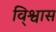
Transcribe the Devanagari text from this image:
वि्श्वास